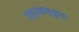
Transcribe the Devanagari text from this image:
आत्मदहन